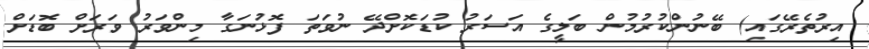
އިރުތެރޭގައި) ބޭނުންކުރުމުން ބަލީގެ އަސަރު ކުޑަކޮށްދޭ ނުވަތަ ފޮޅުނަގާ މިންވަރު ވަރަށް ބޮޑަށް